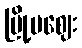
မြို့မဈေး